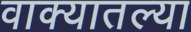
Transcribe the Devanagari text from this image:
वाक्यातल्या